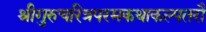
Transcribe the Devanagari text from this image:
श्रीगुरुचरित्रपरमकथाकल्पतरौ